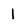
Character: 1